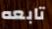
تابعه